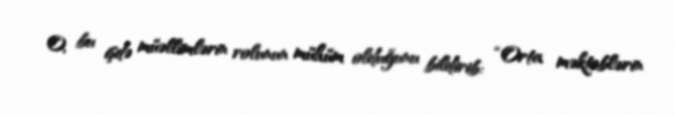
O, bu işdə müəllimlərin rolunun mühüm olduğunu bildirib: “Orta məktəblərin